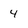
Character: 4